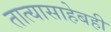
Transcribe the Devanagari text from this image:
तात्यासाहेबही